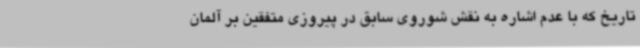
تاریخ که با عدم اشاره به نقش شوروی سابق در پیروزی متفقین بر آلمان